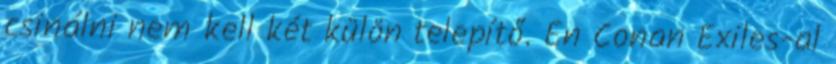
csinálni nem kell két külön telepítő. Én Conan Exiles-al